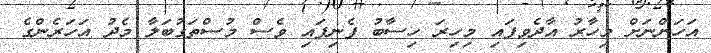
އަހަންނަށް މިހާރު އާދެވިފައި މިހިރަ ހިސާބު ފެނިފައި ވެސް މުސްތަގުބަލާ މެދު އަހަރެންގެ